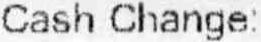
CASH CHANGE: